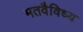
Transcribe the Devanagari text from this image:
मतवैविध्य